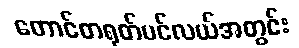
တောင်တရုတ်ပင်လယ်အတွင်း